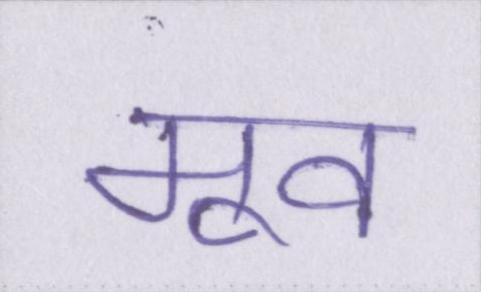
मूव